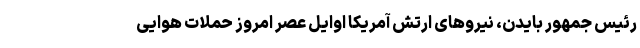
رئیس جمهور بایدن، نیرو‌های ارتش آمریکا اوایل عصر امروز حملات هوایی